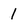
Character: 1